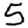
Digit: 5